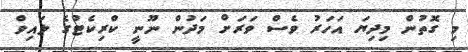
މި ގޮތުން މިދިޔަ އަހަރު ވެސް ވަރަށް މަދުން ނޫނީ ކްރިކެޓުގެ ލައިވް